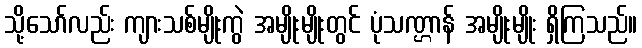
သို့သော်လည်း ကျားသစ်မျိုးကွဲ အမျိုးမျိုးတွင် ပုံသဏ္ဌာန် အမျိုးမျိုး ရှိကြသည်။